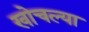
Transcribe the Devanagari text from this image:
खोचल्या